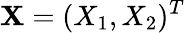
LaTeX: \mathbf{X}=(X_{1},X_{2})^{T}